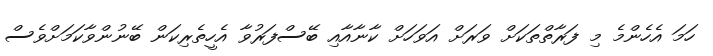
ހަމަ އެހެންމެ މި ފަރާތްތަކަށް ވަރަށް އަވަހަށް ކާނާއާއި ބޭސްފަރުވާ އެހީތެރިކަން ބޭނުންވާކަމަށްވެސް